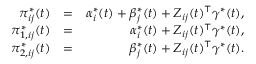
\begin{array} { r l r } { \pi _ { i j } ^ { * } ( t ) } & { = } & { \alpha _ { i } ^ { * } ( t ) + \beta _ { j } ^ { * } ( t ) + Z _ { i j } ( t ) ^ { \top } \gamma ^ { * } ( t ) , } \\ { \pi _ { 1 , i j } ^ { * } ( t ) } & { = } & { \alpha _ { i } ^ { * } ( t ) + Z _ { i j } ( t ) ^ { \top } \gamma ^ { * } ( t ) , } \\ { \pi _ { 2 , i j } ^ { * } ( t ) } & { = } & { \beta _ { j } ^ { * } ( t ) + Z _ { i j } ( t ) ^ { \top } \gamma ^ { * } ( t ) . } \end{array}